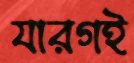
যারগই